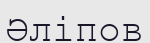
Әліпов